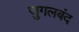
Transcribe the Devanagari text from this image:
जुगलबंद